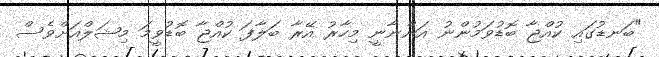
"ބަނޑުގައި ކުއްޖާ ބޮޑުވަމުންނު އަންނާނީ މިހާރު އޭރާ ބަލާފަ ކުއްޖާ ބޮޑުވީމަ މިޝަލްއަށްވެސް